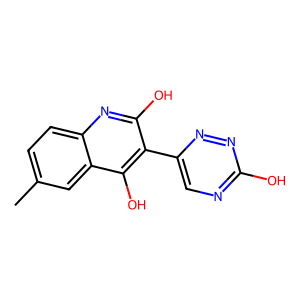
SMILES: Cc1ccc2nc(O)c(-c3cnc(O)nn3)c(O)c2c1
Inhibits HIV replication: Yes